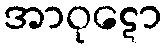
အာဝုဋော